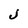
Character: j